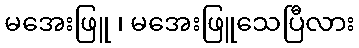
မအေးဖြူ ၊ မအေးဖြူသေပြီလား